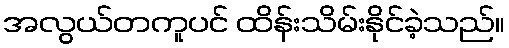
အလွယ်တကူပင် ထိန်းသိမ်းနိုင်ခဲ့သည်။